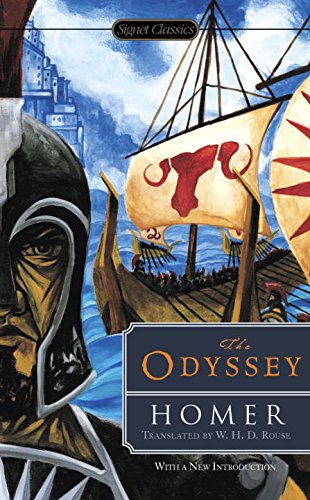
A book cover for The Odyssey (Signet Classics); Homer; Literature & Fiction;